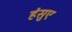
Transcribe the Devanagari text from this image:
हंसुए